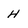
Character: H